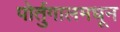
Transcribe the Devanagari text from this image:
पोर्तुगालमधून